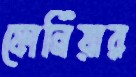
ফোর্নিয়ার